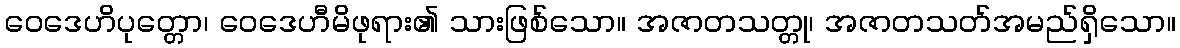
ဝေဒေဟိပုတ္တော၊ ဝေဒေဟီမိဖုရား၏ သားဖြစ်သော။ အဇာတသတ္တု၊ အဇာတသတ်အမည်ရှိသော။